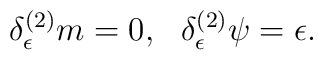
\delta^{(2)}_{\epsilon} m = 0, \ \        \delta^{(2)}_{\epsilon} \psi = \epsilon.